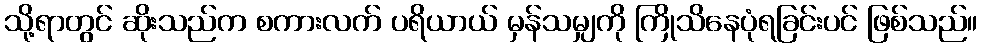
သို့ရာတွင် ဆိုးသည်က စကားလက် ပရိယာယ် မှန်သမျှကို ကြိုသိနေပုံရခြင်းပင် ဖြစ်သည်။